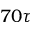
7 0 \tau